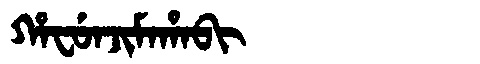
Manchu: ᡥᠠᠸᡠᠨᠵᡳᠮᠠᡥᠠᠪᡳ
Romanization: HAFUNJIMAHABI